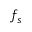
f _ { s }